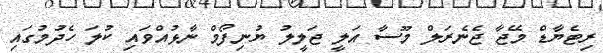
ރިޓެޔާޑް މޭޖާ ޖެނެރަލް މޫސާ އަލީ ޖަލީލު ޔުނިފޯމް ނާޅުއްވައި ކުލަ ހެދުމުގައި